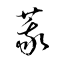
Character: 莪